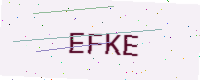
Text: EFKE